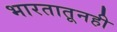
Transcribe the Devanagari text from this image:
भारतातूनही